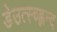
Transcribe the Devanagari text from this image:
डेउत्स्च्ह्लन्द